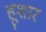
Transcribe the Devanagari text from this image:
हूशार